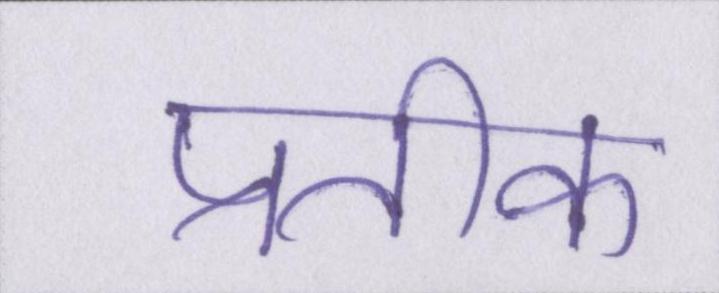
प्रतीक